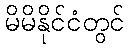
မိမိနိုင်ငံတွင်